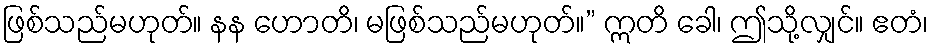
ဖြစ်သည်မဟုတ်။ နန ဟောတိ၊ မဖြစ်သည်မဟုတ်။” ဣတိ ခေါ၊ ဤသို့လျှင်။ ဧတံ၊